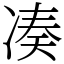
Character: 凑